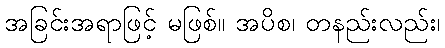
အခြင်းအရာဖြင့် မဖြစ်။ အပိစ၊ တနည်းလည်း၊